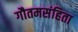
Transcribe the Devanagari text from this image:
गौतमसंहिता